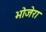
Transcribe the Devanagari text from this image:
भोजेरा